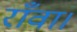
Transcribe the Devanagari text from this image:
राँवा।